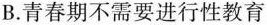
B.青春期不需要进行性教育